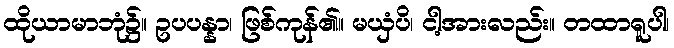
ထိုယာမာဘုံ၌။ ဥပပန္နာ၊ ဖြစ်ကုန်၏။ မယှံပိ၊ ငါ့အားလည်း။ တထာရူပါ၊